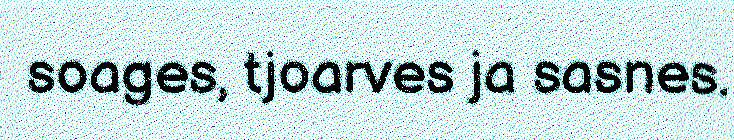
soages, tjoarves ja sasnes.